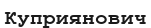
Куприянович